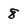
Character: 8